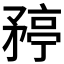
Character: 𬑯